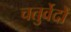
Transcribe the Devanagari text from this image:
चतुर्वेदों